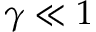
\gamma \ll 1